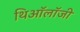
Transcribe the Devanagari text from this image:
थिऑलॉजी